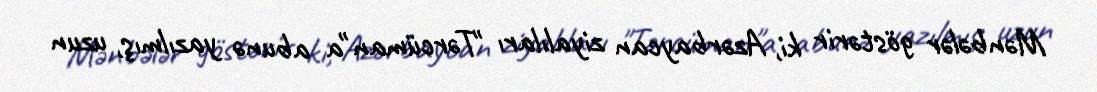
Mənbələr göstərir ki, Azərbaycan ziyalıları "Tərcüman"a abunə yazılmış, uzun